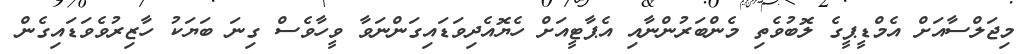
މިޖަލްސާއަށް އެމްޑީޕީގެ ލޮބުވެތި މެންބަރުންނާއި އެޕާޓީއަށް ހެޔޮއެދިވަޑައިގަންނަވާ ވީހާވެސް ގިނަ ބަޔަކު ހާޒިރުވެވަޑައިގެން